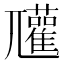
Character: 𡰞